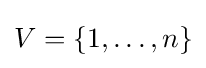
V=\lbrace 1,\dots ,n\rbrace